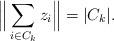
LaTeX: \begin{align*}\Big \Vert \sum_{i \in C_k } z_i\Big \Vert = \vert C_k\vert .\end{align*}